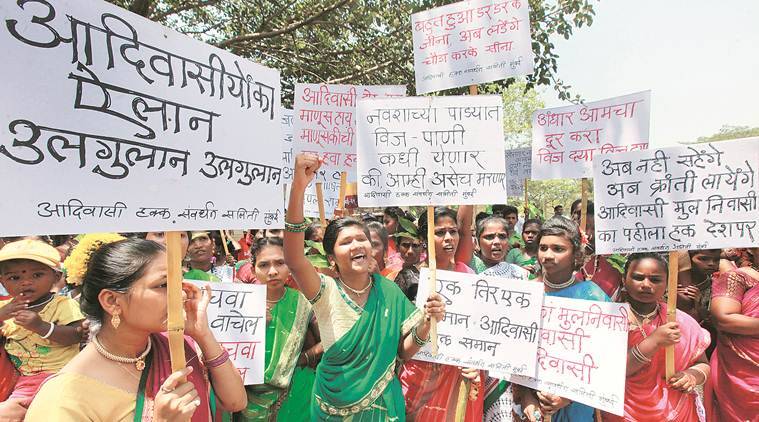
Language: marathi
Transcription: पहीला अब अब आदिवासी हक्क संवर्धत आदिवासी मुल नही सहेंगे. ऐलान उलगुलान तिर एक आमचा मुलनिवासी कधी येणार समान का उलगुलान आदिवासी नवशाच्या अंधार पाड्यात वाचेल लायेंगे देश आदिवासीयोंका